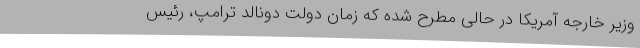
وزیر خارجه آمریکا در حالی مطرح شده که زمان دولت دونالد ترامپ، رئیس